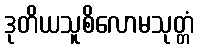
ဒုတိယသူစိလောမသုတ္တံ